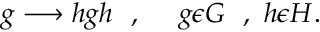
g \longrightarrow h g h \ \ , \ \ \ \ g \epsilon G \ \ , \ h \epsilon H .